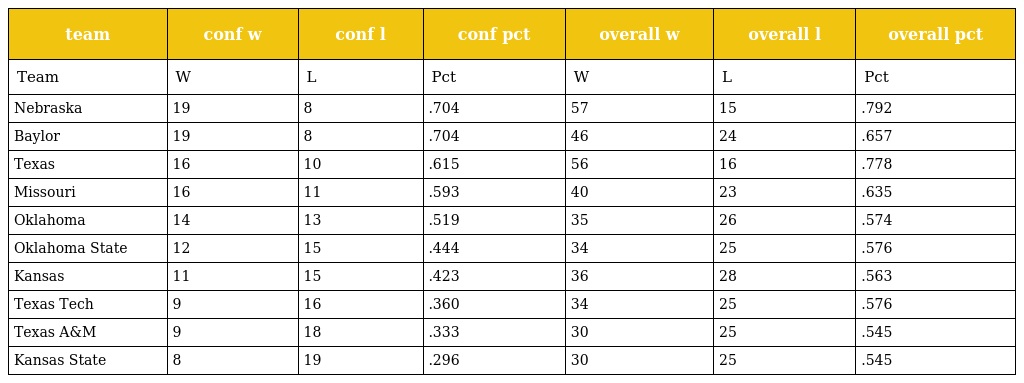
| team | conf w | conf l | conf pct | overall w | overall l | overall pct |
 | --- | --- | --- | --- | --- | --- | --- |
 | Team | W | L | Pct | W | L | Pct |
 | Nebraska | 19 | 8 | .704 | 57 | 15 | .792 |
 | Baylor | 19 | 8 | .704 | 46 | 24 | .657 |
 | Texas | 16 | 10 | .615 | 56 | 16 | .778 |
 | Missouri | 16 | 11 | .593 | 40 | 23 | .635 |
 | Oklahoma | 14 | 13 | .519 | 35 | 26 | .574 |
 | Oklahoma State | 12 | 15 | .444 | 34 | 25 | .576 |
 | Kansas | 11 | 15 | .423 | 36 | 28 | .563 |
 | Texas Tech | 9 | 16 | .360 | 34 | 25 | .576 |
 | Texas A&M | 9 | 18 | .333 | 30 | 25 | .545 |
 | Kansas State | 8 | 19 | .296 | 30 | 25 | .545 |